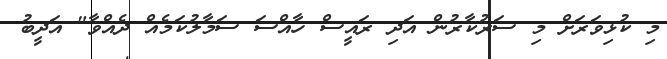
މި ކުޅިވަރަށް މި ސަރުކާރުން އަދި ރައީސް ހާއްސަ ސަމާލުކަމެއް ދެއްވާ" އަދީބު